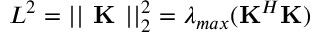
L ^ { 2 } = | | \textbf { K } | | _ { 2 } ^ { 2 } = \lambda _ { m a x } ( \mathbf { K } ^ { H } \mathbf { K } )